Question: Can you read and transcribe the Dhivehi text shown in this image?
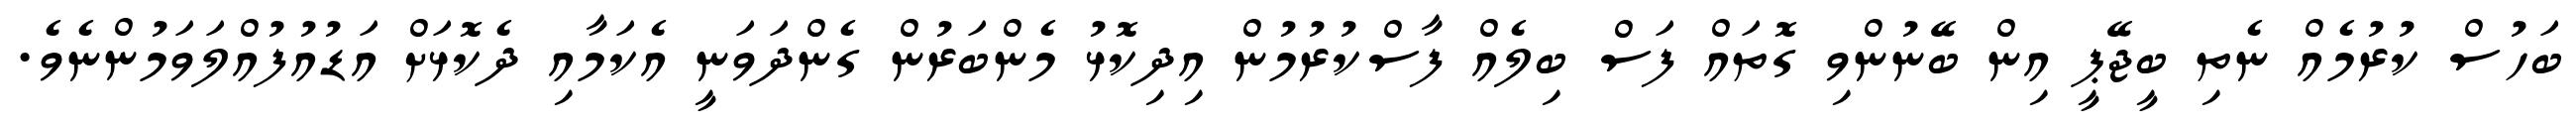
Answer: ބަހުސް ކުރުމެއް ނެތި ބީޖޭޕީ އިން ބޭނުންވި ގޮތައް ފަސް ބިލެއް ފާސްކުރުމުން އިދިކޮޅު މެންބަރުން ގެންދަވަނީ އެކަމާއި ދެކޮޅަށް އަޑުއުފުއްލަވަމުންނެވެ.